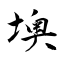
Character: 墺